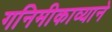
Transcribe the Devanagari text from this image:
गनिमीकाव्याने